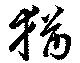
猶